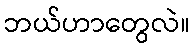
ဘယ်ဟာတွေလဲ။